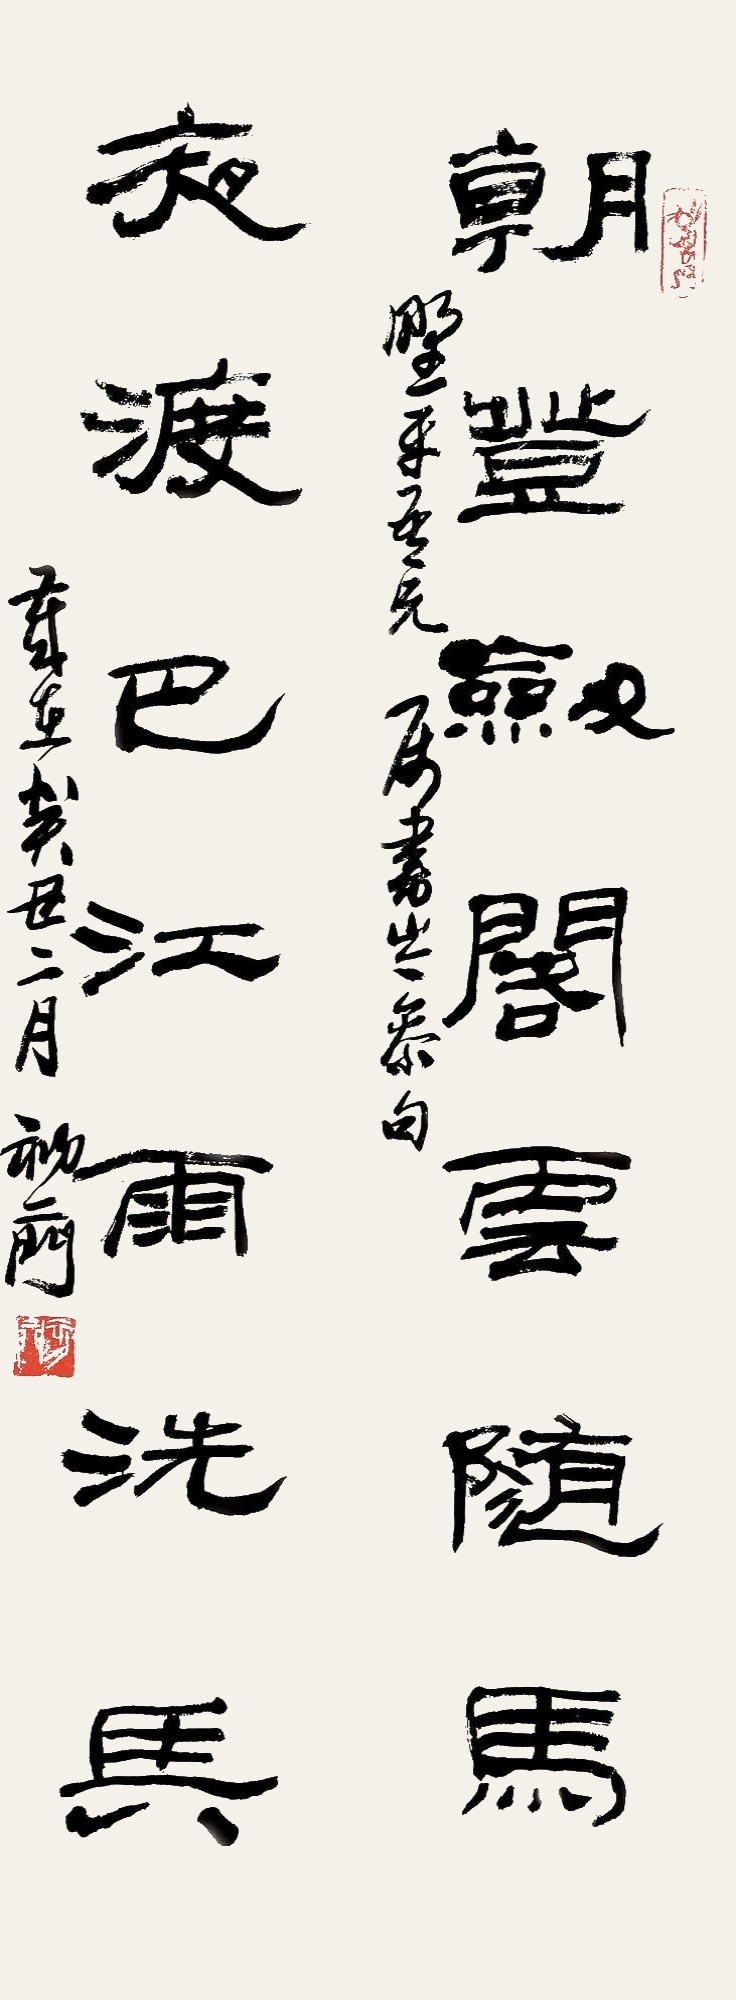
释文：朝登剑阁云随马，夜渡巴江雨洗兵。野平吾兄属书岑参句，岁在癸丑二月，初升。